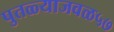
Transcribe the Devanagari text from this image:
पुतळ्याजवळ५७